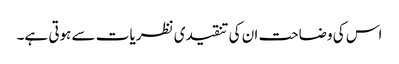
اس کی وضاحت ان کی تنقیدی نظریات سے ہوتی ہے۔